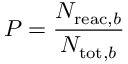
P = \frac { N _ { \mathrm { r e a c , } b } } { N _ { \mathrm { t o t , } b } }